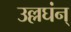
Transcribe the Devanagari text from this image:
उल्लघंन्